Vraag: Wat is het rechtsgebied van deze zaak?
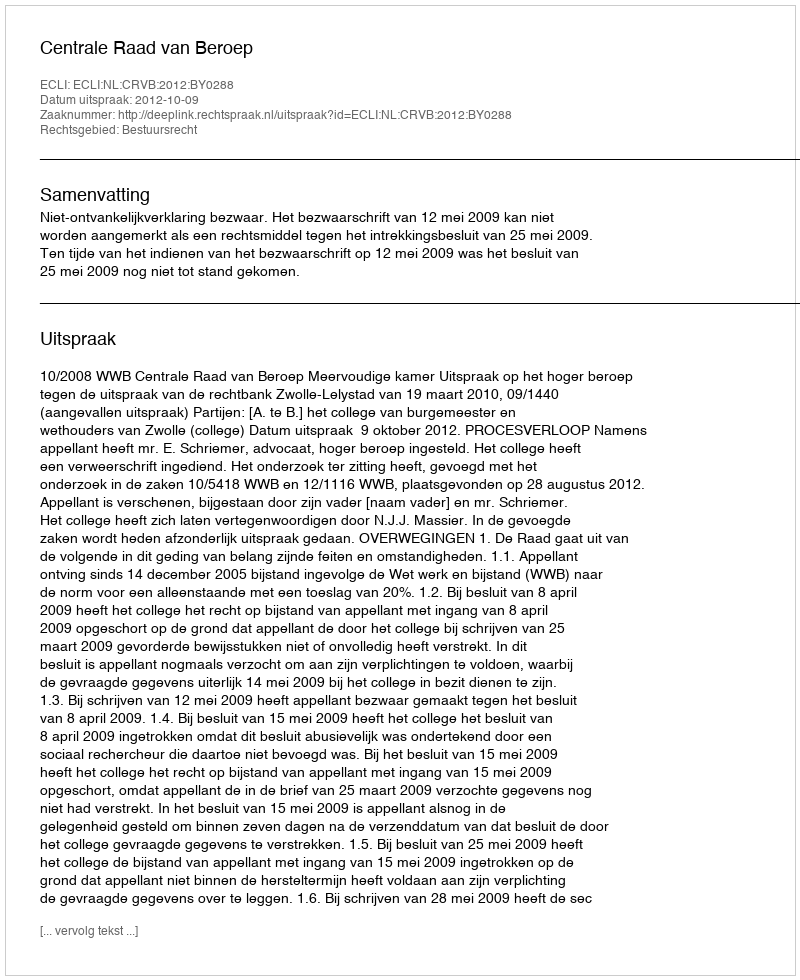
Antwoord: Bestuursrecht